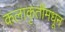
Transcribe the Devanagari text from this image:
कलाकृतींमधून